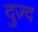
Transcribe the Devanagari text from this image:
दुज़्द